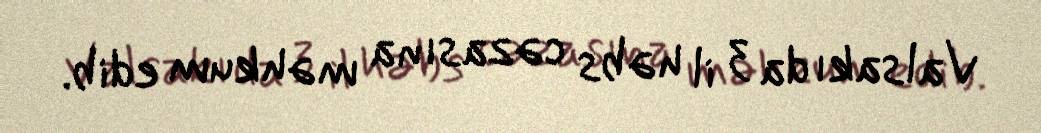
Valsakı da 3 il həbs cəzasına məhkum edib.